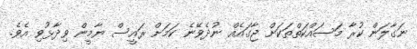
ނަގާލަން ކުރާ މަސައްކަތްތަކަށް ޖާގައެއް ނުދެވޭނެ ކަމަށް ރައީސް ޔާމީން ވިދާޅުވި އެވެ.